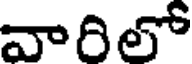
వారిలో